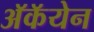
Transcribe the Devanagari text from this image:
अॅकॅयेन